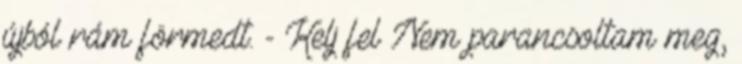
újból rám förmedt. - Kelj fel Nem parancsoltam meg,